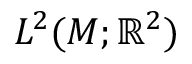
L ^ { 2 } ( M ; \mathbb { R } ^ { 2 } )